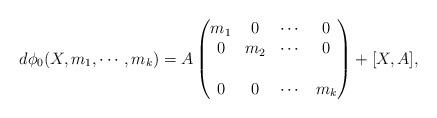
LaTeX: \begin{align*}d \phi_{0} (X,m_1, \cdots, m_k)= A\begin{pmatrix} m_1 & 0 & \cdots & 0 \\ 0 & m_2 & \cdots &0 \\\\ 0& 0 & \cdots & m_k\end{pmatrix} + [X,A],\end{align*}